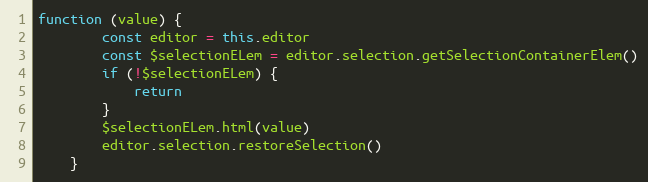
Language: JavaScript
function (value) {
        const editor = this.editor
        const $selectionELem = editor.selection.getSelectionContainerElem()
        if (!$selectionELem) {
            return
        }
        $selectionELem.html(value)
        editor.selection.restoreSelection()
    }